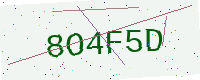
Text: 8O4F5D